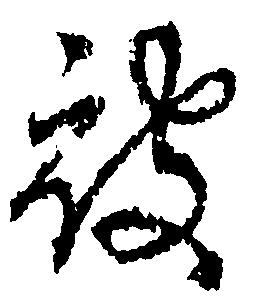
被